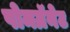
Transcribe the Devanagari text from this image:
पोमग्रॅनेट